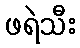
ဖရဲသီး